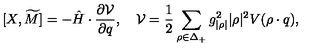
[ X , \widetilde { M } ] = - \hat { H } \cdot { \frac { \partial { \cal V } } { \partial q } } , \quad { \cal V } = { \frac { 1 } { 2 } } \sum _ { \rho \in \Delta _ { + } } { g _ { | \rho | } ^ { 2 } | \rho | ^ { 2 } } V ( \rho \cdot q ) ,